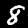
Digit: 8